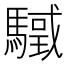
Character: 𩥳